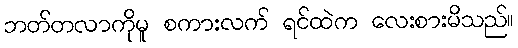
ဘတ်တလာကိုမူ စကားလက် ရင်ထဲက လေးစားမိသည်။